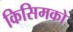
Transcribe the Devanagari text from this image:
किसिमको